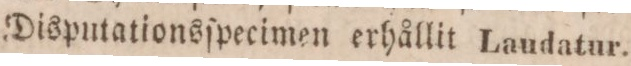
Disputationsſpecimen erhållit Laudatur.